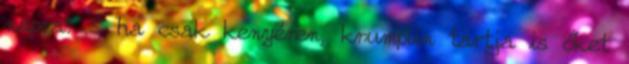
napra? S ha csak kenyéren, krumplin tartja is őket